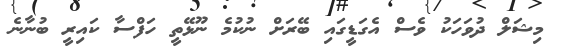
މިޝަލް ދުވަހަކު ވެސް އެގަޑީގައި ބޭރަށް ނުކުމެ ނޫޅޭތީ ހަފްސާ ކައިރީ ބުނާނެ